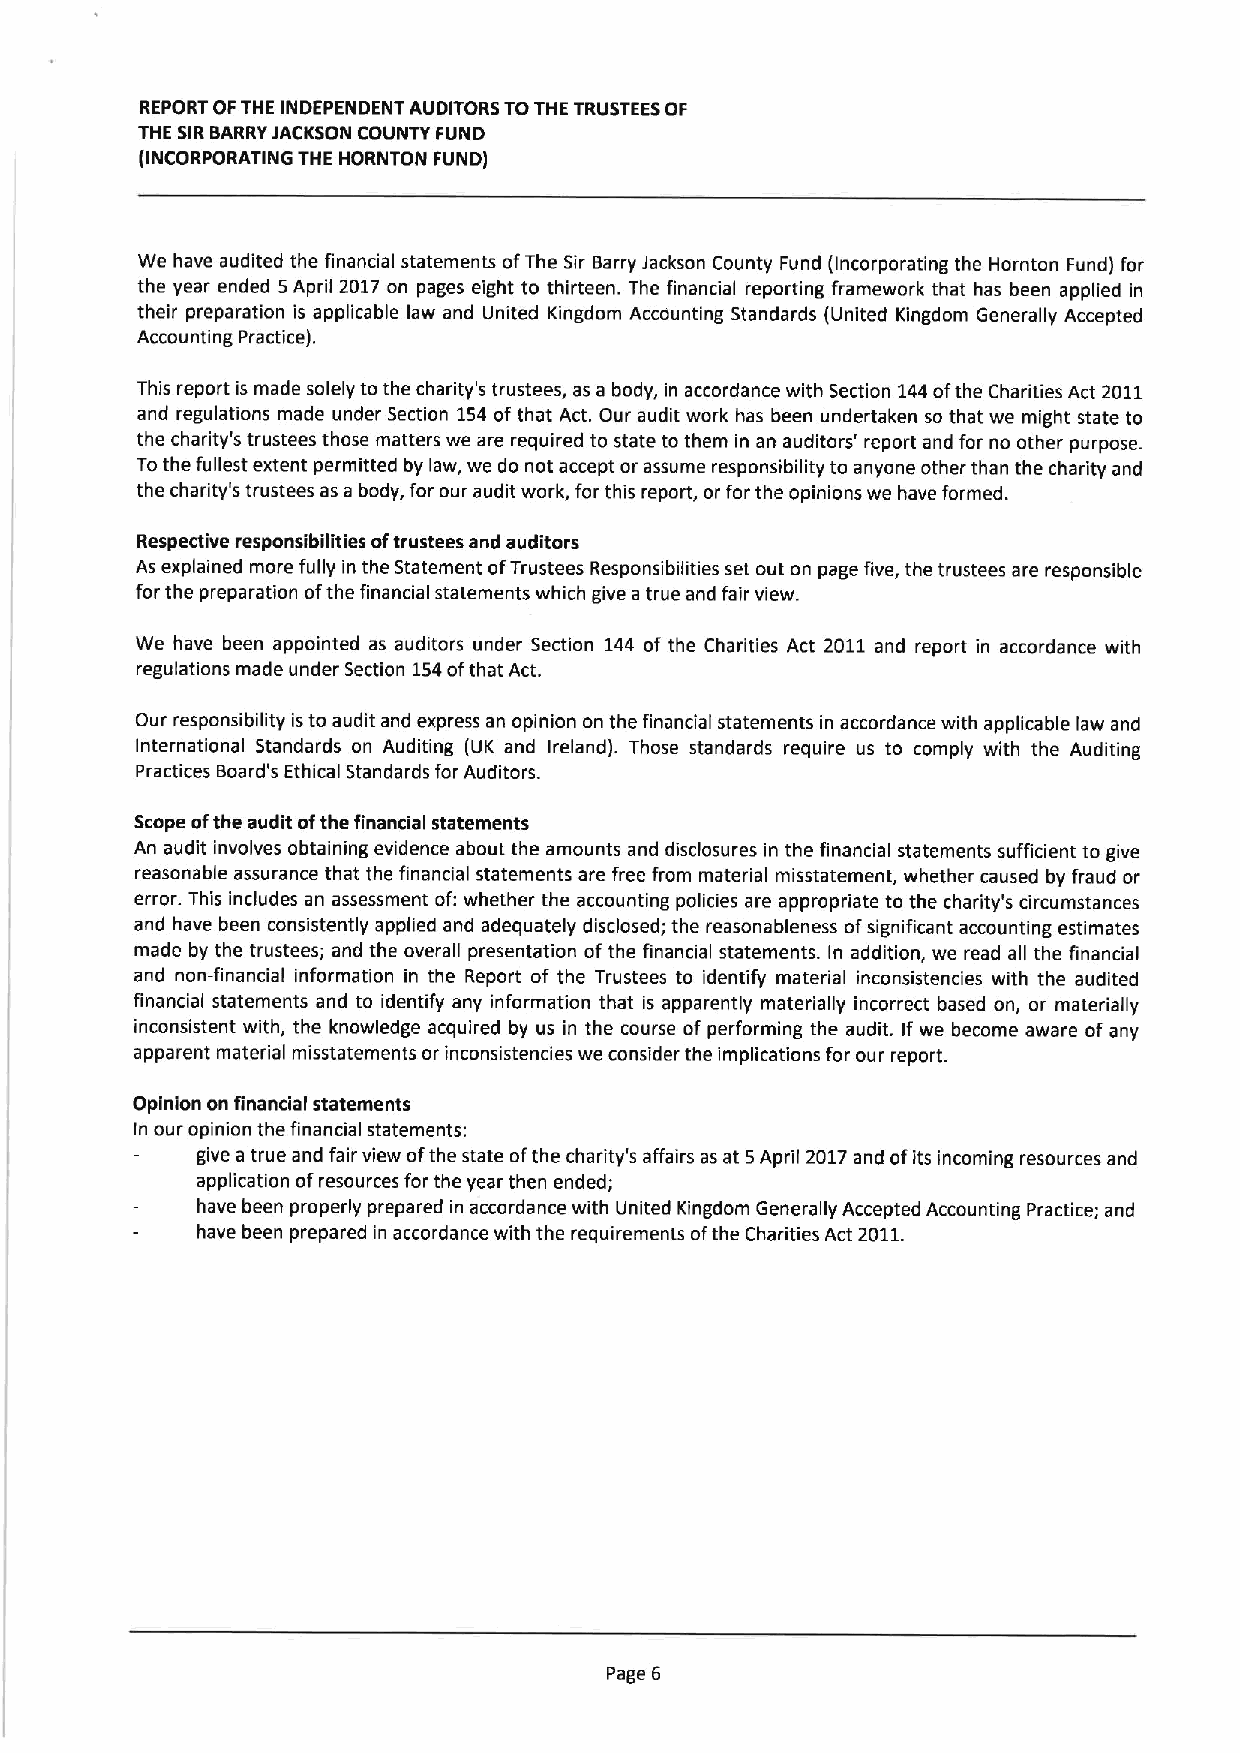
REPORT OFTHE INDEPENDENT AUDITORS TOTHE TRUSTEESOF
 THE SIRBARRYJACKSON COUNTY FUND
 (INCORPORATING THE HORNTON FUND)
 We have audited the financial statements ofThe Sir Barry Jackson County Fund (Incorporating the Hornton Fund) for
 the year ended 5April 2017 on pages eight to thirteen. The financial reporting framework that has been applied in
 their preparation is applicable law and United Kingdom Accounting Standards (United Kingdom Generally Accepted
 Accounting Practice).
 This report is made solely tothe chadity's trustees, as a body, in accordance with Section 144ofthe Charities Act 2011
 and regulations made under Section 154of that Act. Our audit work has been undertaken so that we might state to
 the charity's trustees those matters we are required to state to them in an auditors' report and for no other purpose.
 Tothe fullest extent permitted by law, we do not accept or assume responsibility to anyone other than the charity and
 the charity's trustees as a body, for our audit work, for this report, or for the opinions we have formed.
 Respective responsibilities oftrustees and auditors
 As explained more fully in the Statement ofTrustees Responsibilities set out on page five, the trustees are responsible
 for the preparation ofthe financial statements which give a true and fair view.
 We have been appointed as auditors under Section 144 of the Charities Act 2011 and report in accordance with
 regulations made under Section 154ofthat Act.
 Our responsibility isto audit and express an opinion on the financial statements in accordance with applicable law and
 International Standards on Auditing (UK and Ireland). Those standards require us to comply with the Auditing
 Practices Board's Ethical Standards for Auditors.
 Scope ofthe audit ofthe financial statements
 An audit involves obtaining evidence about the amounts and disclosures in the financial statements sufficient to give
 reasonable assurance that the financial statements are free from material misstatement, whether caused by fraud or
 error. This includes an assessment of:whether the accounting policies are appropriate to the charity's circumstances
 and have been consistently applied and adequately disclosed; the reasonableness ofsignificant accounting estimates
 made by the trustees; and the overall presentation of the financial statements. In addition, we read all the financial
 and non-financial information in the Report of the Trustees to identify material inconsistencies with the audited
 financial statements and to identify any information that is apparently materially incorrect based on, or materially
 inconsistent with, the knowledge acquired by us in the course of performing the audit. If we become aware of any
 apparent material misstatements or inconsistencies we consider the implications for our report.
 Opinion on financial statements
 In our opinion the financial statements:
 give a true and fair view ofthe state ofthe charity's affairs as at 5April 2017and ofits incoming resources and
 application ofresources for the year then ended;
 have been properly prepared in accordance with United Kingdom Generally Accepted Accounting Practice; and
 have been prepared in accordance with the requirements ofthe Charities Act 2011.
 Page 6